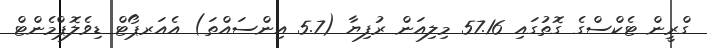
ގްރީން ޓެކްސްގެ ގޮތުގައި 57.16 މިލިއަން ރުފިޔާ (5.7 އިންސައްތަ) އެއަރޕޯޓް ޑިވެލޮޕްމެންޓް